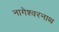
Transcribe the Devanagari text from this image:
नागेश्वरनाथ